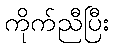
ကိုက်ညီပြီး